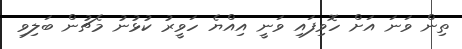
ތިން ވަނަ އަށް ހޮވިފައި ވަނީ އިއްޔެ ހަވީރު ކުޅުނު މެޗުން ބަލިވި